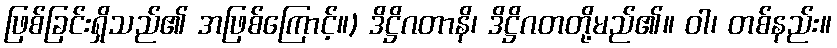
ဖြစ်ခြင်းရှိသည်၏ အဖြစ်ကြောင့်။) ဒိဋ္ဌိဂတာနိ၊ ဒိဋ္ဌိဂတတို့မည်၏။ ဝါ၊ တစ်နည်း။